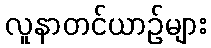
လူနာတင်ယာဉ်များ